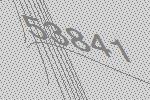
53841